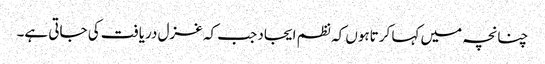
چنانچہ میں کہا کرتاہوں کہ نظم ایجاد جب کہ غزل دریافت کی جاتی ہے۔